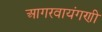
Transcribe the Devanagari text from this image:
आगरवायंगणी